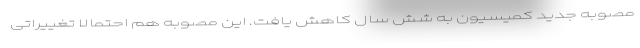
مصوبه جدید کمیسیون به شش سال کاهش یافت. این مصوبه هم احتمالا تغییراتی